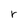
Character: r